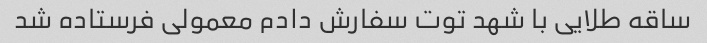
ساقه طلایی با شهد توت سفارش دادم معمولی فرستاده شد